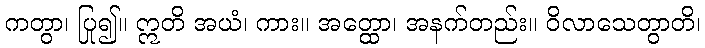
ကတွာ၊ ပြု၍။ ဣတိ အယံ၊ ကား။ အတ္ထော၊ အနက်တည်း။ ဝိလာသေတွာတိ၊